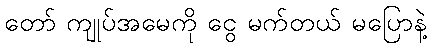
တော် ကျုပ်အမေကို ငွေ မက်တယ် မပြောနဲ့